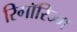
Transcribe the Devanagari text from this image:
रिगॉरिज्म